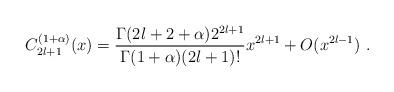
LaTeX: \begin{align*}C_{2l+1}^{(1+\alpha)}(x)=\frac{\Gamma(2l+2+\alpha)2^{2l+1}}{\Gamma(1+\alpha)(2l+1)!} x^{2l+1} + O(x^{2l-1})\ .\end{align*}